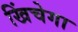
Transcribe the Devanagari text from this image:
खिंचेगा